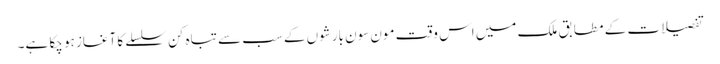
تفصیلات کے مطابق ملک میں اس وقت مون سون بارشوں کے سب سے تباہ کن سلسلے کا آغاز ہو چکا ہے۔